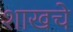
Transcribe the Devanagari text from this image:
शाखचे